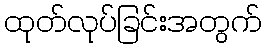
ထုတ်လုပ်ခြင်းအတွက်